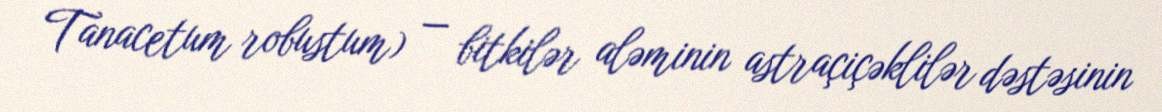
Tanacetum robustum) — bitkilər aləminin astraçiçəklilər dəstəsinin